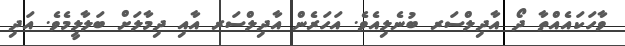
ވާހަކައެއްތާ ދޯ އާދިލްސަރ ބުނެލިއެވެ. އަހަރެން އާދިލްސަރ އާއި ދިމާލަށް ބަލާލީމެވެ. އަދި